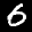
Label: 6